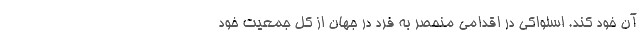
آن خود کند. اسلواکی در اقدامی منحصر به فرد در جهان از کل جمعیت خود